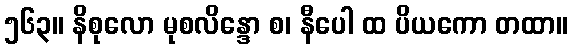
၅၆၃။ နိစုလော မုစလိန္ဒော စ၊ နီပေါ ထ ပိယကော တထာ။